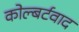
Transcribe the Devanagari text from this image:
कोल्बर्टवाद